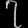
Digit: ၇